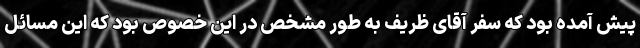
پیش آمده بود که سفر آقای ظریف به طور مشخص در این خصوص بود که این مسائل